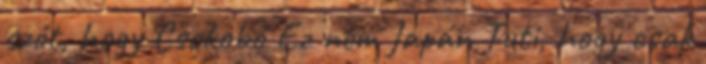
szót, hogy Csokobó Ez nem Japán Tuti, hogy csak